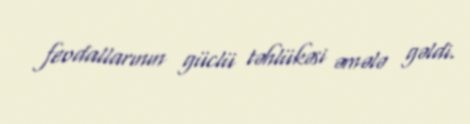
feodallarının güclü təhlükəsi əmələ gəldi.